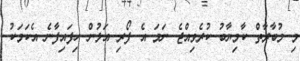
މި މުބާރާތް ކާމިޔާބު ކުރެވިއްޖެ ނަމަ އެ ފޯރި އަލުން ހިފައިފާނެ އެކަމަކު